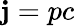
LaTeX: \mathbf{j}=pc